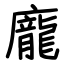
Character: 龐